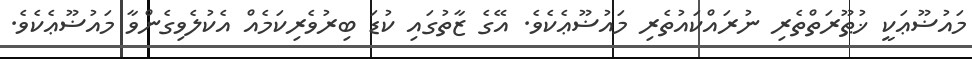
މައުޟޫޢަކީ ޚުޠޫރަތްތެރި ނުރައްކައުތެރި މައުޟޫޢެކެވެ. އޭގެ ޒާތުގައި ކުޑަ ބިރުވެރިކަމެއް އެކުލެވިގެންވާ މައުޟޫޢެކެވެ.